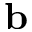
\mathbf { b }